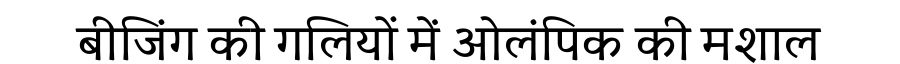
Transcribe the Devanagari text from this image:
बीजिंग की गलियों में ओलंपिक की मशाल